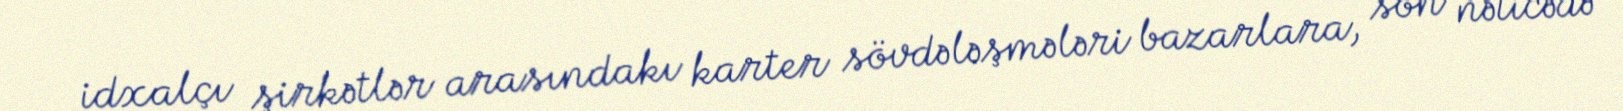
idxalçı şirkətlər arasındakı karter sövdələşmələri bazarlara, son nəticədə